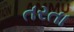
તરતા